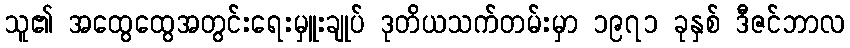
သူ၏ အထွေထွေအတွင်းရေးမှူးချုပ် ဒုတိယသက်တမ်းမှာ ၁၉၇၁ ခုနှစ် ဒီဇင်ဘာလ